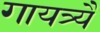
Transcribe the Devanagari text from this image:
गायत्र्यै